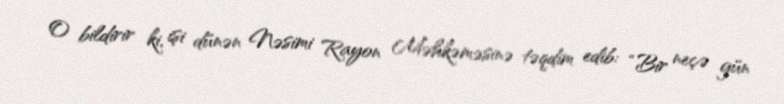
O bildirir ki, işi dünən Nəsimi Rayon Məhkəməsinə təqdim edib: “Bir neçə gün